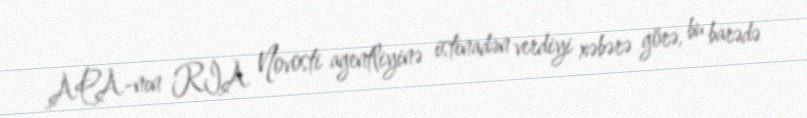
APA-nın RİA Novosti agentliyinə istinadən verdiyi xəbərə görə, bu barədə